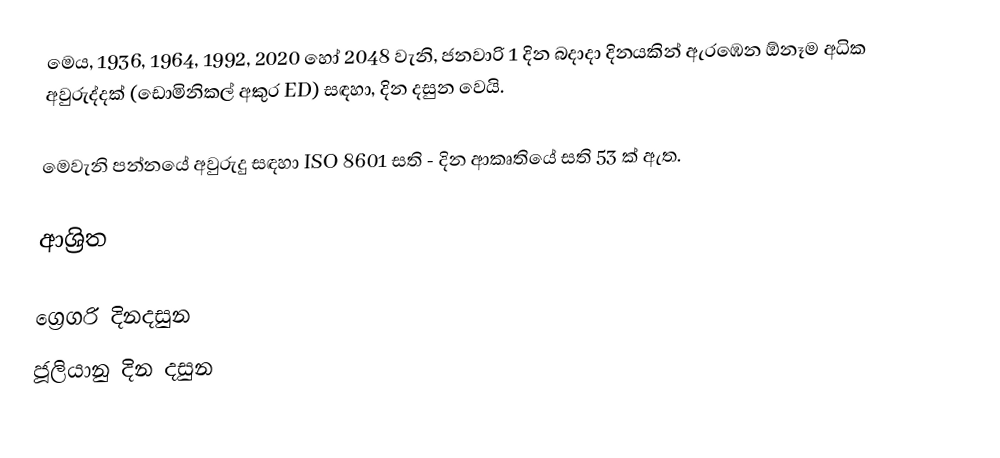
මෙය, 1936, 1964, 1992, 2020 හෝ 2048 වැනි, ජනවාරි 1 දින බදාදා දිනයකින් ඇරඹෙන ඕනෑම  අධික අවුරුද්දක්  (ඩොමිනිකල් අකුර ED) සඳහා,  දින දසුන වෙයි.

මෙවැනි පන්නයේ අවුරුදු සඳහා  ISO 8601 සති - දින ආකෘතියේ සති 53 ක් ඇත.

ආශ්‍රිත

ග්‍රෙගරි දිනදසුන
ජූලියානු දින දසුන